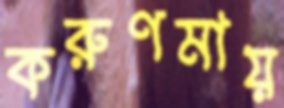
করুণমায়